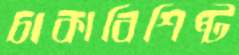
চাকাবিশিষ্ট